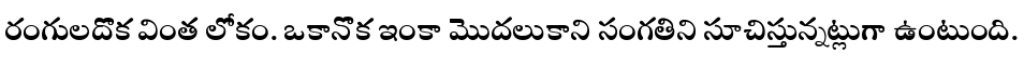
రంగులదొక వింత లోకం. ఒకానొక ఇంకా మొదలుకాని సంగతిని సూచిస్తున్నట్లుగా ఉంటుంది.